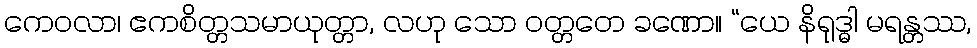
ကေဝလာ၊ ဧကစိတ္တသမာယုတ္တာ, လဟု သော ဝတ္တတေ ခဏော။ “ယေ နိရုဒ္ဓါ မရန္တဿ,